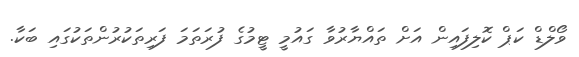
ވޯލްޑް ކަޕް ކޮލިފައިން އަށް ތައްޔާރުވާ ގައުމީ ޓީމުގެ ފުރަތަމަ ފަރިތަކުރުންތަކުގައި ބަކާ.